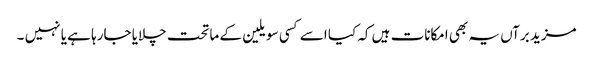
مزید برآں یہ بھی امکانات ہیں کہ کیا اسے کسی سویلین کے ماتحت چلایا جارہا ہے یا نہیں ۔